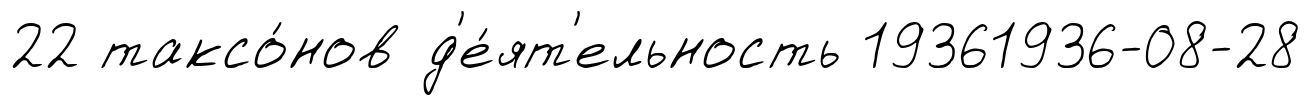
22 таксо́нов д'е́ят'ельность 19361936-08-28